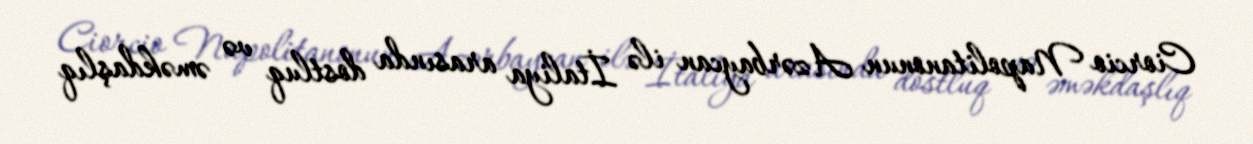
Ciorcio Napolitanonun Azərbaycan ilə İtaliya arasında dostluq və əməkdaşlıq